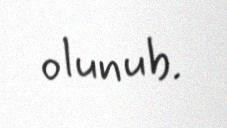
olunub.